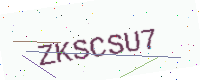
Text: ZKSCSU7